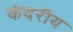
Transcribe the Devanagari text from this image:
कंदरीय